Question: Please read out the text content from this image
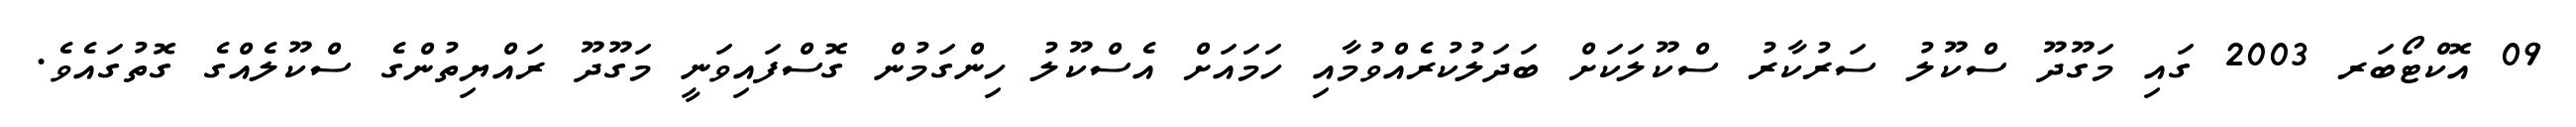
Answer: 09 އޮކްޓޯބަރ 2003 ގައި މަގޫދޫ ސްކޫލު ސަރުކާރު ސްކޫލަކަށް ބަދަލުކުރެއްވުމާއި ހަމައަށް އެސްކޫލު ހިންގަމުން ގޮސްފައިވަނީ މަގޫދޫ ރައްޔިތުންގެ ސްކޫލެއްގެ ގޮތުގައެވެ.